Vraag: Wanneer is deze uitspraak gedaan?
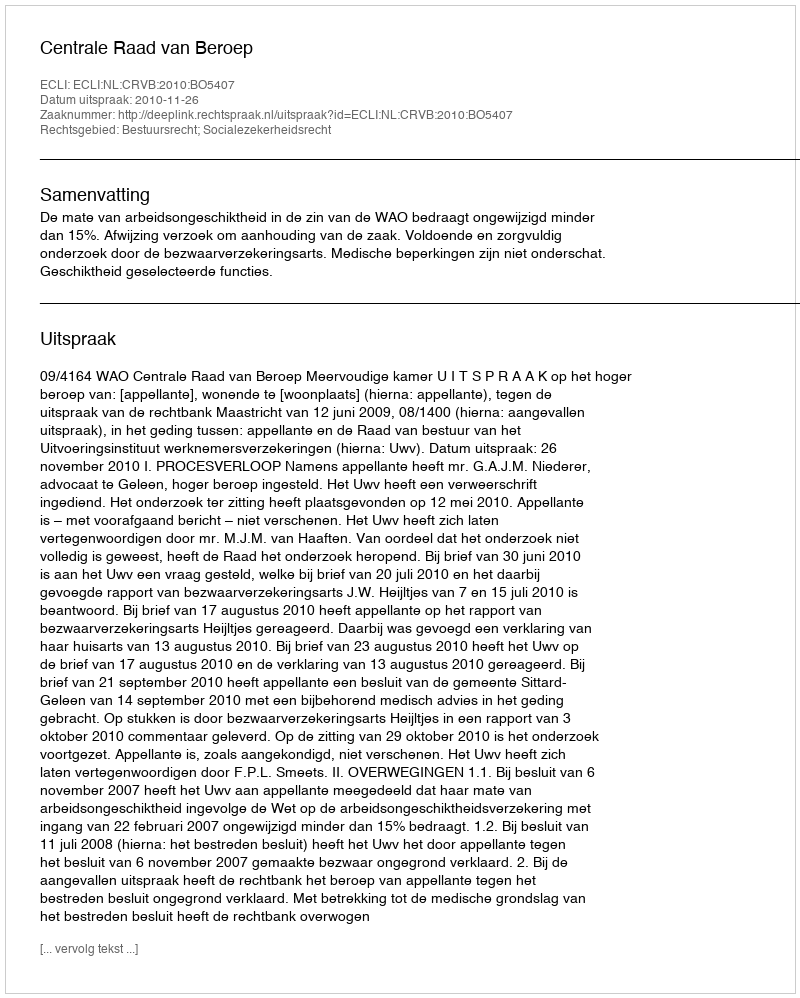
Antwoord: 2010-11-26